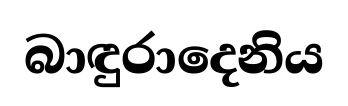
බාඳුරාදෙනිය